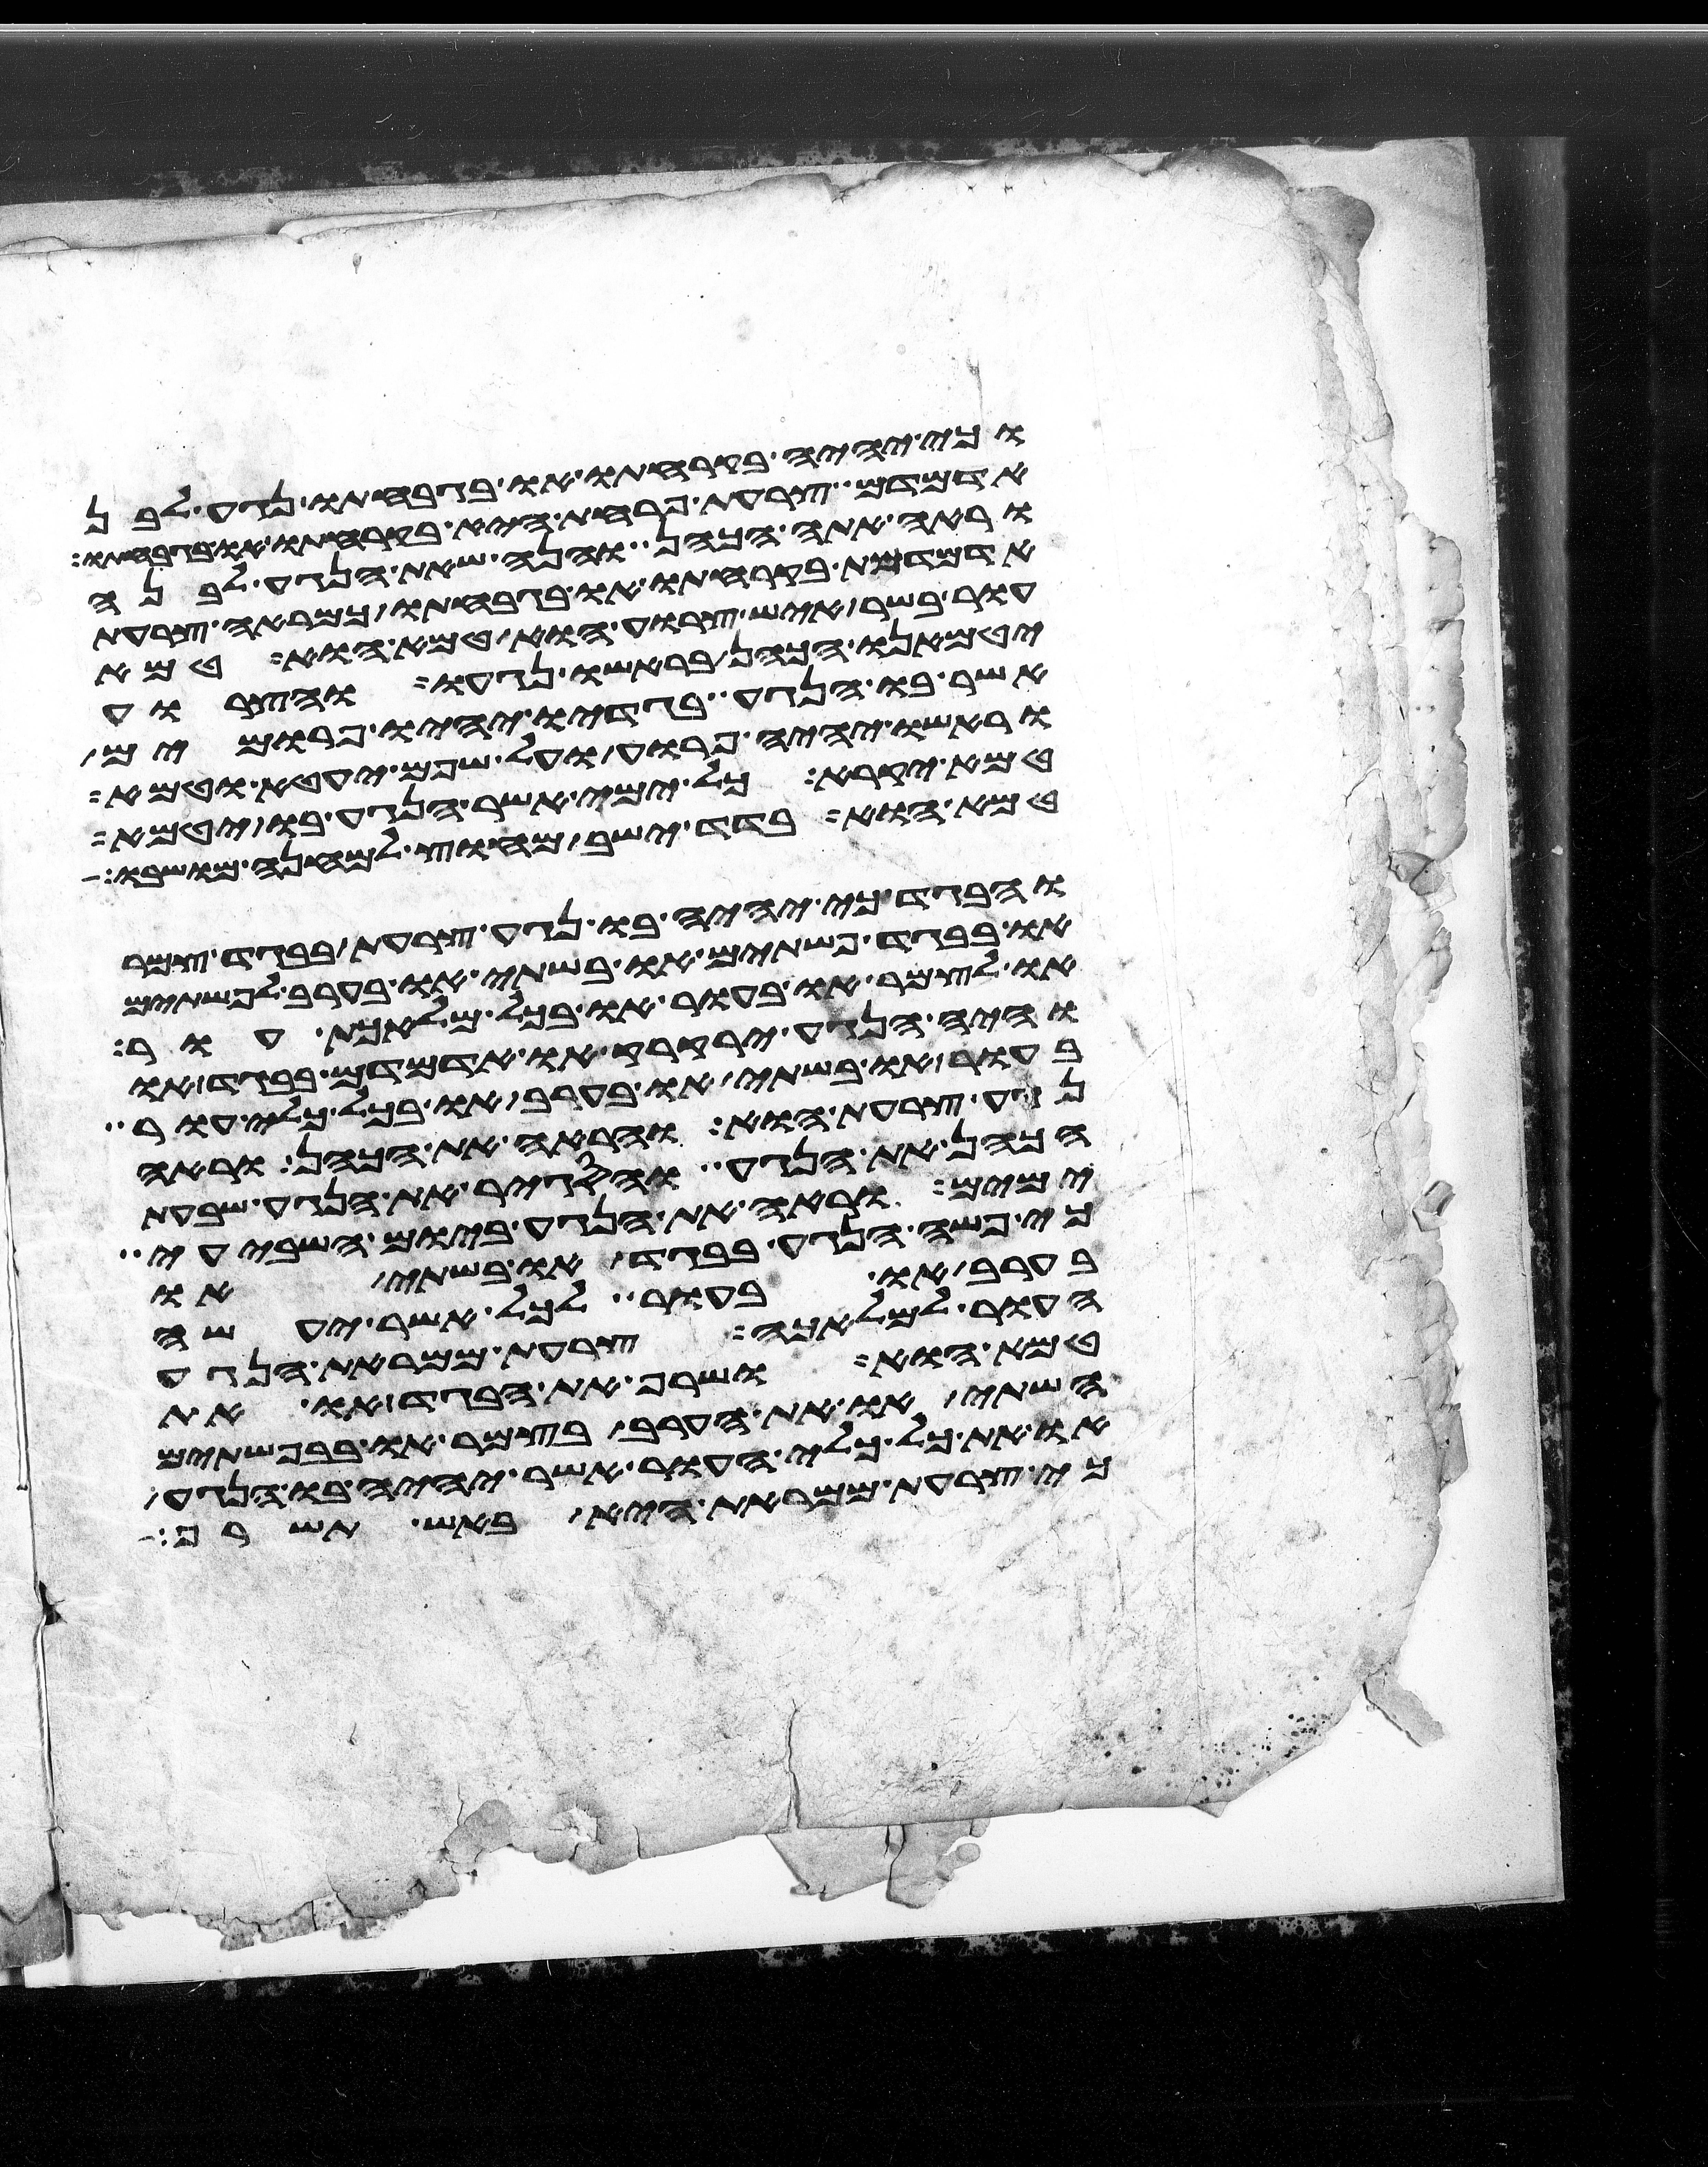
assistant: כי יהיה בקרחתו או בגבחתו נגע לבן
אדמדם צרעת פרחת היא בקרחתו או בגבחתו
וראה אתה הכהן והנה שאת הנגע לבנה
אדמדמת בקרחתו או בגבחתו כמראה צרעת
עור בשר איש צרוע הוא טמא הוא טמא
יטמאנו הכהן בראשו נגעו והצרוע
אשר בו הנגע בגדיו יהיו פרומים
וראשו יהיה פרוע ועל שפם יעטא וטמא
טמא יקרא כל ימי אשר הנגע בו יטמא
טמא הוא בדד ישב מחוץ למחנה מושבו
והבגד כי יהיה בו נגע צרעת בבגד צמר
או בבגד פשתים או בשתי או בערב לפשתים
ולצמר או בעור או בכל מלאכת עור
והיה הנגע ירקרק או אדמדם בבגד או
בעור או בשתי או בערב או בכל כלי עור
נגע צרעת הוא והראה את הכהן וראה
הכהן את הנגע והסגיר את הנגע שבעת
ימים וראה את הנגע ביום השביעי
כי פשה הנגע בבגד או בשתי או
בערב או בעור לכל אשר יעשה
העור למלאכה צרעת ממראת הנגע
טמא הוא ושרף את הבגד או את
השתי או את הערב בצמר או בפשתים
או את כל כלי העור אשר יהיה בו הנגע
כי צרעת ממראת היא באש תשרף